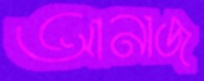
আনাজ